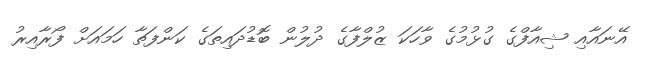
އޭނައާއި ޝިއާފްގެ ގުޅުމުގެ ވާހަކަ ޒުލްފާގެ ދުލުން ބޮޑުދައިތަގެ ކަންފަތާ ހަމައަށް ފޯރާއިރު